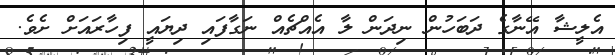
އެލީޝާ އޭނާގެ ދަބަހުން ނިދަން ލާ އެއްޗެއް ނަގާފައި ދިޔައީ ފިހާރައަށް ށެވެ.